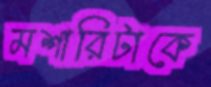
মশারিটাকে